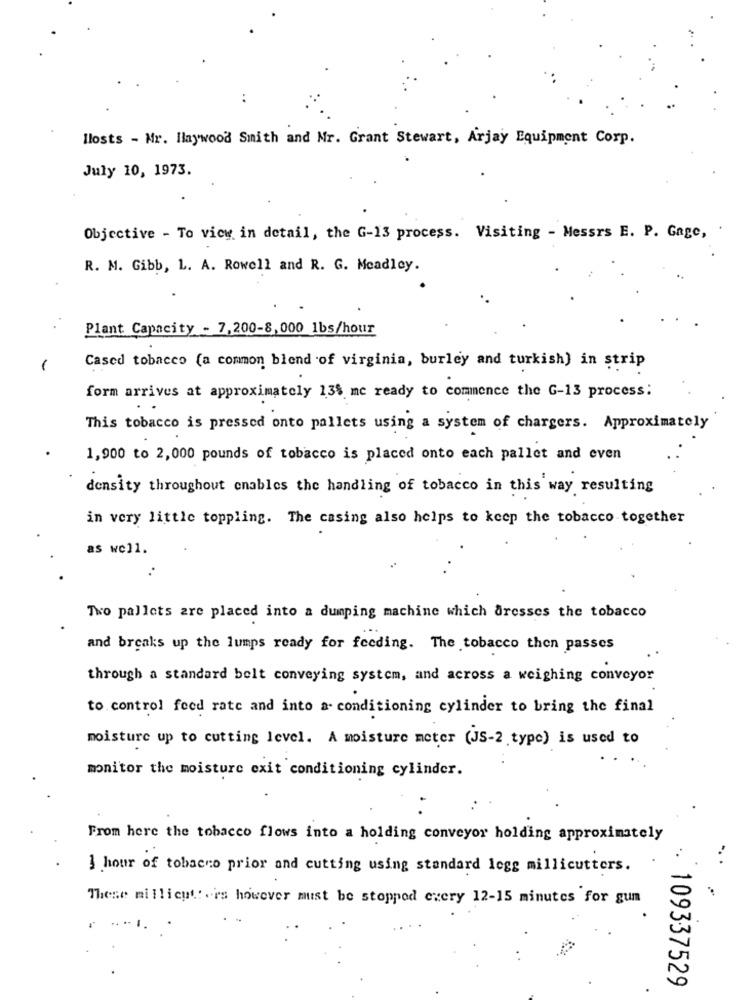
llosts - Mr. Haywood Smith and Mr. Grant Stewart, Arjay Equipment Corp.
July 10, 1973.
Objective - To vicy in detail, the G-13 process. Visiting - Messrs E. P. Gage,
R. M. Gibb, L. A. Rowell and R. G. Mcadley.
Plant Capacity - 7,200-8,000 1bs/hour
-
Cased tobacco (a common blend of virginia, burley and turkish) in strip
form arrives at approximately 13$ me ready to commence the G-13 process:
This tobacco is pressed onto pallets using a system of chargers. Approximately
1,900 to 2,000 pounds of tobacco is placed onto each pallet and even
density throughout enables the handling of tobacco in this way resulting
in very little toppling. The casing also helps to keep the tobacco together
as well.
Two pallets are placed into a dumping machine which dresses the tobacco
and breaks up the lumps ready for feeding. The tobacco then passes
through a standard belt conveying system, and across a weighing conveyor
to control feed rate and into a- conditioning cylinder to bring the final
moisture up to cutting level. A moisture meter (JS-2 type) is used to
monitor the moisture exit conditioning cylinder.
From here the tobacco flows into a holding conveyor holding approximately
I hour of tobacco prior and cutting using standard legs millicutters.
These millicut: rs however must be stopped every 12-15 minutes for gum
109337529